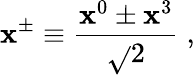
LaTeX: \mathbf{x}^{\pm}\equiv{\frac{{\mathbf{x}^{0}\pm\mathbf{x}^{3}}}{{\sqrt{}{{2}}}}}\; ,